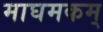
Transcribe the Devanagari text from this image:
माघमकम्